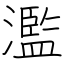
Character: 濫